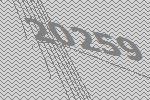
20259